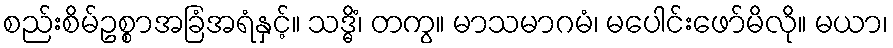
စည်းစိမ်ဥစ္စာအခြံအရံနှင့်။ သဒ္ဓိံ၊ တကွ။ မာသမာဂမံ၊ မပေါင်းဖော်မိလို။ မယာ၊